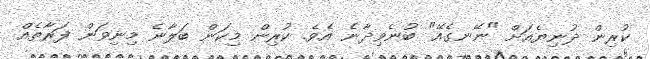
ކުރިން ދުނިޔެއަށް "ނޭނގެއޭ" ބުނެވިދާނެ އެވެ. ކުރިން މިކަން ބަލާނެ މިނިވަން ފަރާތެއް